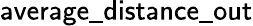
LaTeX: \mathsf{average\_ distance\_ out}